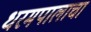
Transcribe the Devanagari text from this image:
धरमपालाचा